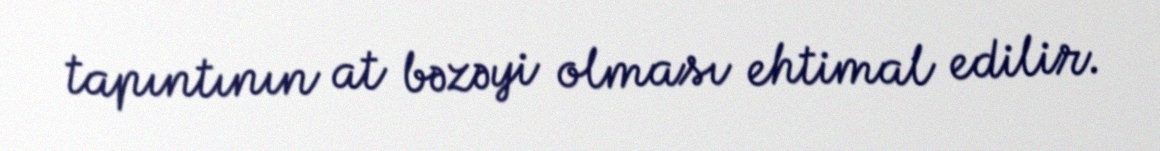
tapıntının at bəzəyi olması ehtimal edilir.